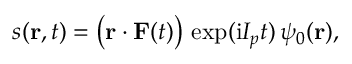
s ( \mathbf { r } , t ) = \big ( \mathbf { r } \cdot \mathbf { F } ( t ) \big ) \, \exp ( \mathrm { i } I _ { p } t ) \, \psi _ { 0 } ( \mathbf { r } ) ,